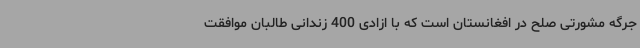
جرگه مشورتی صلح در افغانستان است که با ازادی 400 زندانی طالبان موافقت